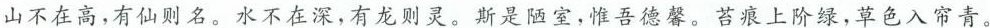
山不在高，有仙则名。水不在深，有龙则灵。斯是陋室，惟吾德馨。苔痕上阶绿，草色入帘青。